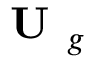
\textbf { U } _ { g }